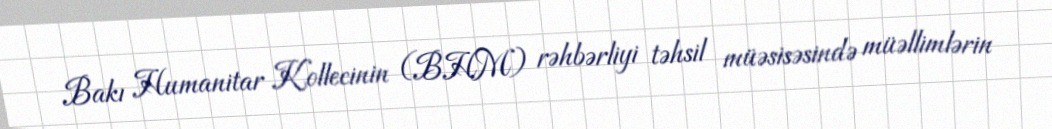
Bakı Humanitar Kollecinin (BHM) rəhbərliyi təhsil müəsisəsində müəllimlərin